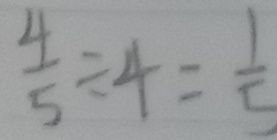
\frac { 4 } { 5 } \div 4 = \frac { 1 } { 5 }